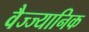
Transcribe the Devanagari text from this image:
वैज्ज्यानिक